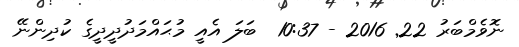
ނޮވެމްބަރު 22